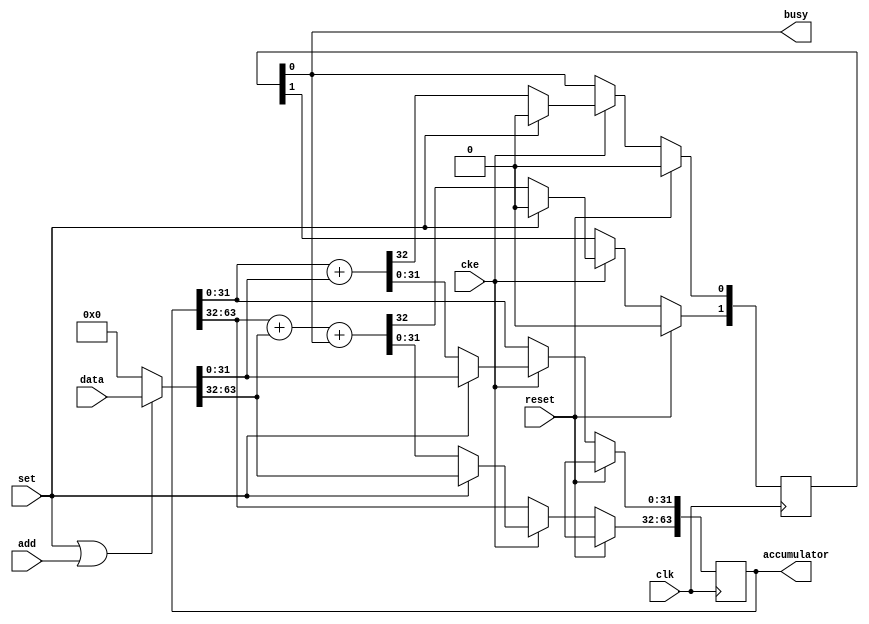
// ---------------------------------------------------------------------------
//  Jelly  -- The platform for real-time computing
//
//                                 Copyright (C) 2008-2020 by Ryuji Fuchikami
//                                 https://github.com/ryuz/jelly.git
// ---------------------------------------------------------------------------



`timescale 1ns / 1ps
`default_nettype none



// 
module jelly_integer_accumulator
        #(
            parameter                           SIGEND            = 0,
            parameter                           ACCUMULATOR_WIDTH = 64,
            parameter                           DATA_WIDTH        = ACCUMULATOR_WIDTH,
            parameter                           UNIT_WIDTH        = 32,
            parameter   [ACCUMULATOR_WIDTH-1:0] INIT_VALUE        = {ACCUMULATOR_WIDTH{1'bx}}
        )
        (
            input   wire                                reset,
            input   wire                                clk,
            input   wire                                cke,
            
            input   wire                                set,
            input   wire                                add,
            output  wire                                busy,
            
            input   wire    [DATA_WIDTH-1:0]            data,
            
            output  wire    [ACCUMULATOR_WIDTH-1:0]     accumulator
        );
    
    localparam  UNIT_NUM  = (ACCUMULATOR_WIDTH + UNIT_WIDTH - 1) / UNIT_WIDTH;
    
    wire    signed  [UNIT_NUM*UNIT_WIDTH-1:0]   s_data  = $signed(data);
    wire            [UNIT_NUM*UNIT_WIDTH-1:0]   u_data  = SIGEND ? s_data : data;
    wire            [UNIT_NUM*UNIT_WIDTH-1:0]   in_data = (set || add) ? u_data : {ACCUMULATOR_WIDTH{1'b0}};
    
    integer                             i;
    reg     [UNIT_NUM-1:0]              reg_carry;
    reg     [UNIT_NUM*UNIT_WIDTH-1:0]   reg_accumulator;
    
    always @(posedge clk) begin
        if ( reset ) begin
            for ( i = 0; i < UNIT_NUM; i = i+1 ) begin
                reg_carry      [i]                          <= 1'b0;
                reg_accumulator[i*UNIT_WIDTH +: UNIT_WIDTH] <= (INIT_VALUE >> (i*UNIT_WIDTH));
            end
        end
        else if ( cke ) begin
            if ( set ) begin
                for ( i = 0; i < UNIT_NUM; i = i+1 ) begin
                    reg_carry      [i]                          <= 1'b0;
                    reg_accumulator[i*UNIT_WIDTH +: UNIT_WIDTH] <= in_data[i*UNIT_WIDTH +: UNIT_WIDTH];
                end
            end
            else begin
                {reg_carry[0], reg_accumulator[0*UNIT_WIDTH +: UNIT_WIDTH]} <= reg_accumulator[0*UNIT_WIDTH +: UNIT_WIDTH] + in_data[0*UNIT_WIDTH +: UNIT_WIDTH];
                for ( i = 1; i < UNIT_NUM; i = i+1 ) begin
                    {reg_carry[i], reg_accumulator[i*UNIT_WIDTH +: UNIT_WIDTH]} <= reg_accumulator[i*UNIT_WIDTH +: UNIT_WIDTH] + in_data[i*UNIT_WIDTH +: UNIT_WIDTH] + reg_carry[i-1];
                end
            end
        end
    end
    
    integer     j;
    reg         sig_busy;
    always @* begin
        sig_busy = 1'b0;
        for ( j = 0; j < UNIT_NUM-1; j = j+1 ) begin
            sig_busy = (sig_busy | reg_carry[j]);
        end
    end
    
    assign busy        = sig_busy;
    assign accumulator = reg_accumulator;
    
endmodule


`default_nettype wire


// end of file